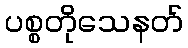
ပစ္စတိုသေနတ်